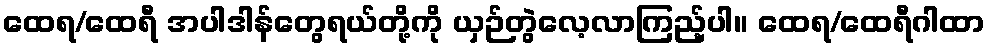
ထေရ/ထေရီ အပါဒါန်တွေရယ်တို့ကို ယှဉ်တွဲလေ့လာကြည့်ပါ။ ထေရ/ထေရီဂါထာ